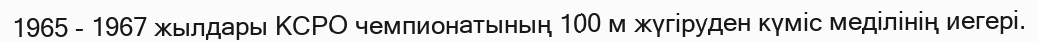
1965 - 1967 жылдары КСРО чемпионатының 100 м жүгіруден күміс меділінің иегері.